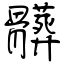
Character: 髒